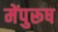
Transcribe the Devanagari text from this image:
मेंपुरूष